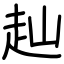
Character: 赸